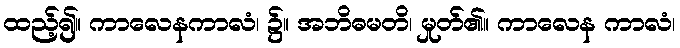
ထည့်၍။ ကာလေနကာလံ၊ ၌။ အဘိဓမတိ၊ မှုတ်၏။ ကာလေန ကာလံ၊